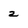
Character: 2